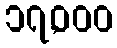
၁၇,၀၀၀